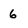
Character: 6